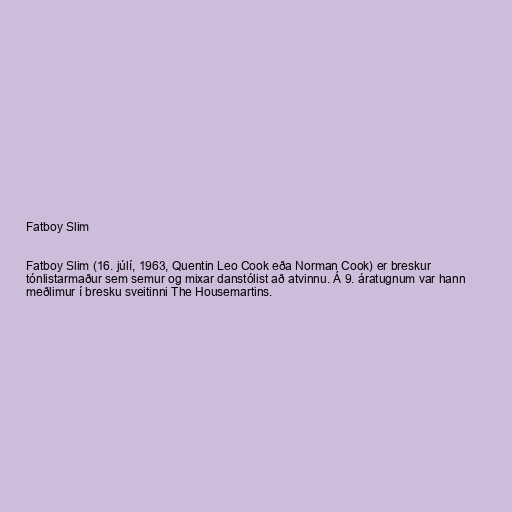
Fatboy Slim

Fatboy Slim (16. júlí, 1963, Quentin Leo Cook eða Norman Cook) er breskur
tónlistarmaður sem semur og mixar danstólist að atvinnu. Á 9. áratugnum var hann
meðlimur í bresku sveitinni The Housemartins.